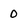
Character: 0